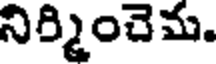
నిర్మించెమ.